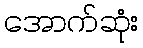
အောက်ဆုံး